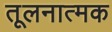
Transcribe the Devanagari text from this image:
तूलनात्मक